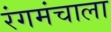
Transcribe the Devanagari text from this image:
रंगमंचाला